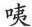
咦